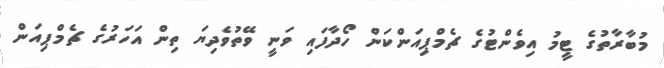
މުބާރާތުގެ ޓީމު އިވެންޓުގެ ޗެމްޕިއަންކަން ހޯދާފައި ވަނީ ވޭތުވެދިޔަ ތިން އަހަރުގެ ޗެމްޕިއަން